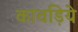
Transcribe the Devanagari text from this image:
कांवड़िये